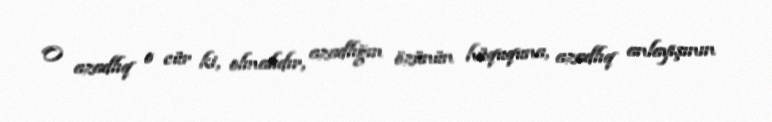
O azadlıq o cür ki, olmalıdır, azadlığın özünün hüququna, azadlıq anlayışının